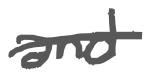
Text: and
Cross-out: single-line
Writing tool: digital_gray